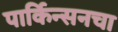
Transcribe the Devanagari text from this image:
पार्किन्सनचा